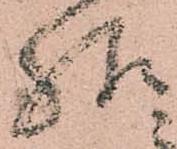
様